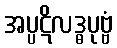
အပ္ပဋိလဒ္ဓပုဗ္ဗံ